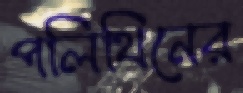
পলিথিনের